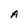
Character: A